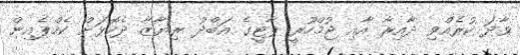
ވާދަ ކުރެއްވި ދާއިރާ އާއި ޖުމްހޫރީ ޕާޓީގެ އަބްދު ރިޔާޒާ ދެކޮޅަށް ކެމްޕެއިން